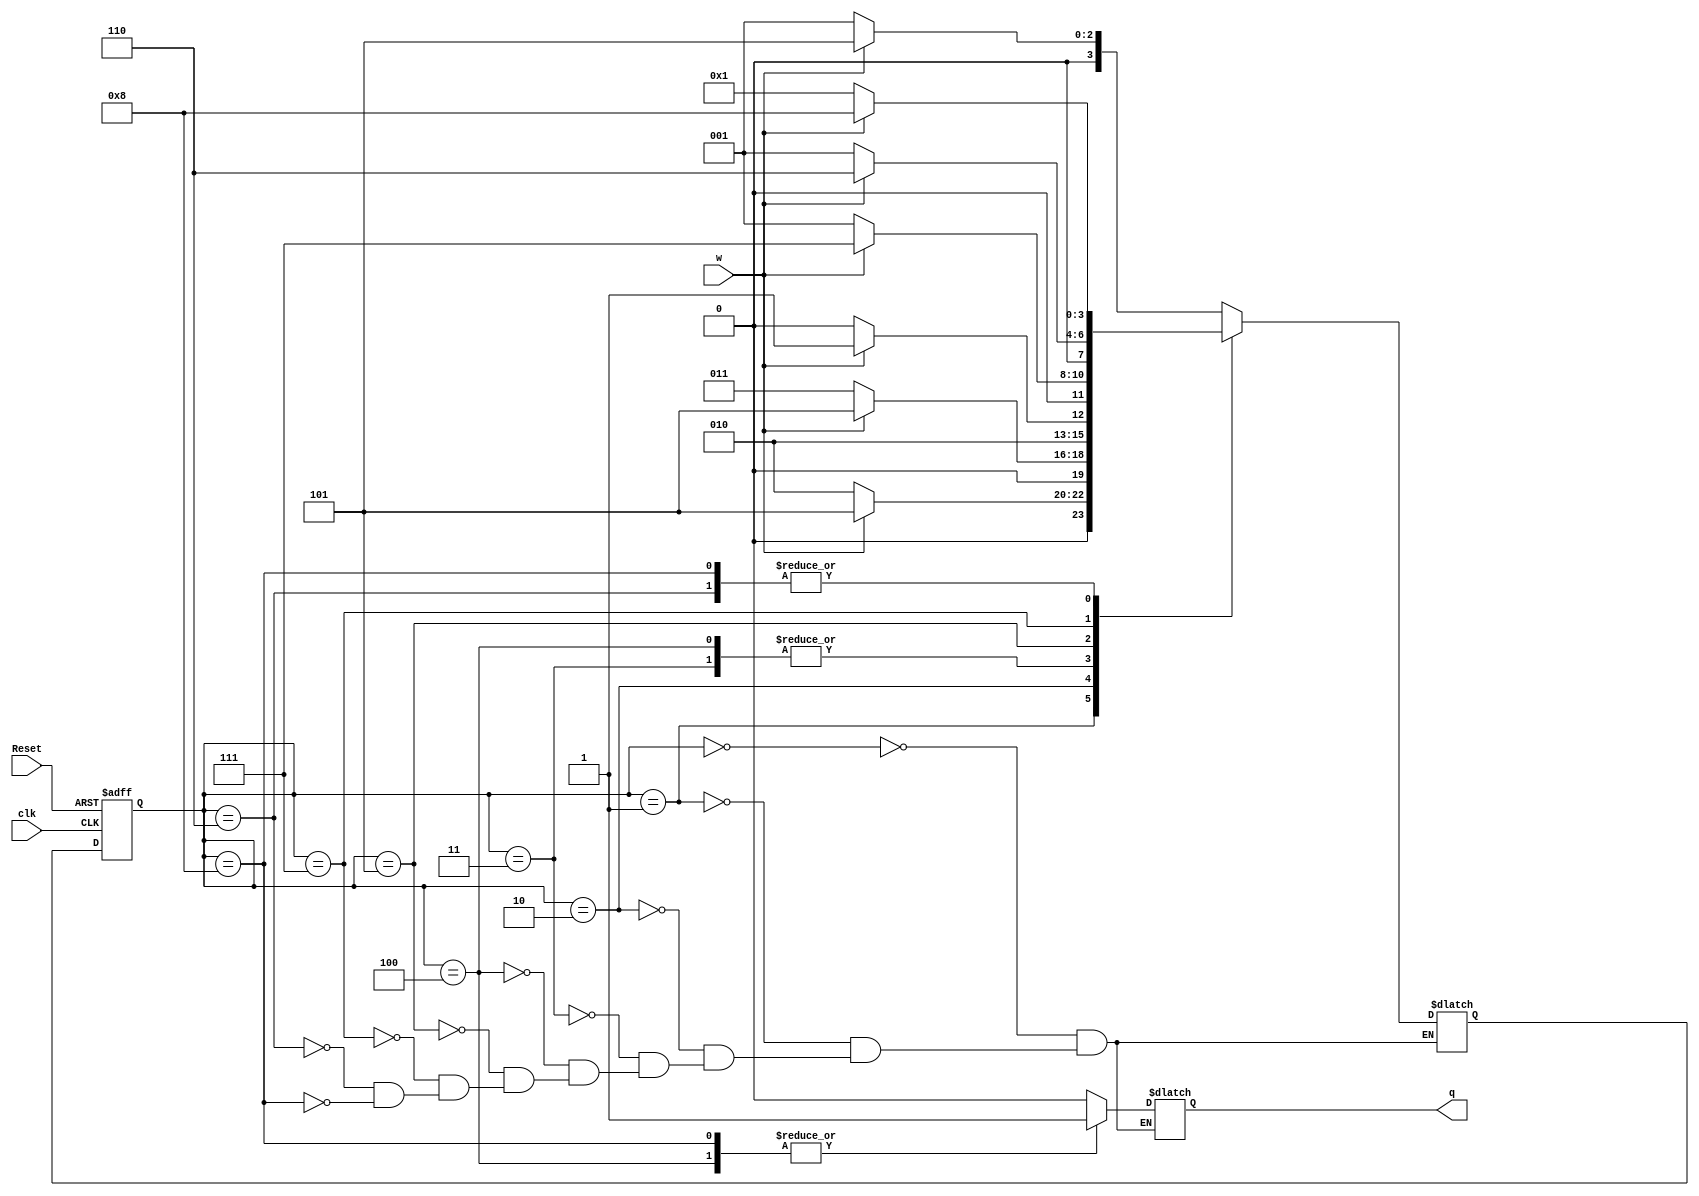
module vd7(Reset,clk,w,q);



parameter A=0; 
parameter B=1;
parameter C=2;
parameter D=3;
parameter E=4;
parameter F=5;
parameter H=6;
parameter G=7;
parameter I=8;



input clk,Reset,w;

output q;

reg q;



reg [3:0] state; 

reg [3:0] nxt_state;



always @(posedge clk or posedge Reset)

    begin

        if (Reset) begin

            state <= A;

        end

        else begin

            state <= nxt_state;

        end

    end

always @(*)

    begin

        case (state)

            A : begin 

               nxt_state <= (w==0) ? B : F;

               q <= 0;

           end   

            B : begin 

               nxt_state <= (w==0) ? C : F;

               q <= 0;

           end   

            C : begin 

               nxt_state <= (w==0) ? D : F;

               q <= 0;

           end   

            D : begin 

               nxt_state <= (w==0) ? E : F;

               q <= 0;

           end    
            E : begin 

               nxt_state <= (w==0) ? E : F;

               q <= 1;

           end    
            F : begin 

               nxt_state <= (w==0) ? B : G;

               q <= 0;

           end    
            G : begin 

               nxt_state <= (w==0) ? B : H;

               q <= 0;

           end    
            H : begin 

               nxt_state <= (w==0) ? B : I;

               q <= 0;

           end    
            I : begin 

               nxt_state <= (w==0) ? B : I;

               q <= 1;

           end    

        endcase    

    end     



endmodule